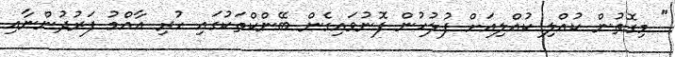
" މިގޮތުން ކުއްލި ކުއްލިއަށް ފުލުހުން ފޮނުވައިގެން ބޭންކްތަކުގައި ހުރި އާއްމު ފަރުދުންނާއި